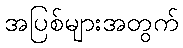
အပြစ်များအတွက်